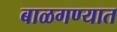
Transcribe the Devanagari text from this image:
बाळगण्यात